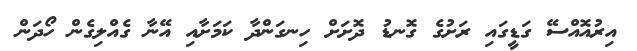
އިރުއޮއްސޭ ގަޑީގައި ރަށުގެ ގޮނޑު ދޮށަށް ހިނގަންދާ ކަމަށާއި އޭނާ ގެއްލިގެން ހޯދަން